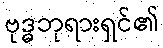
ဗုဒ္ဓဘုရားရှင်၏